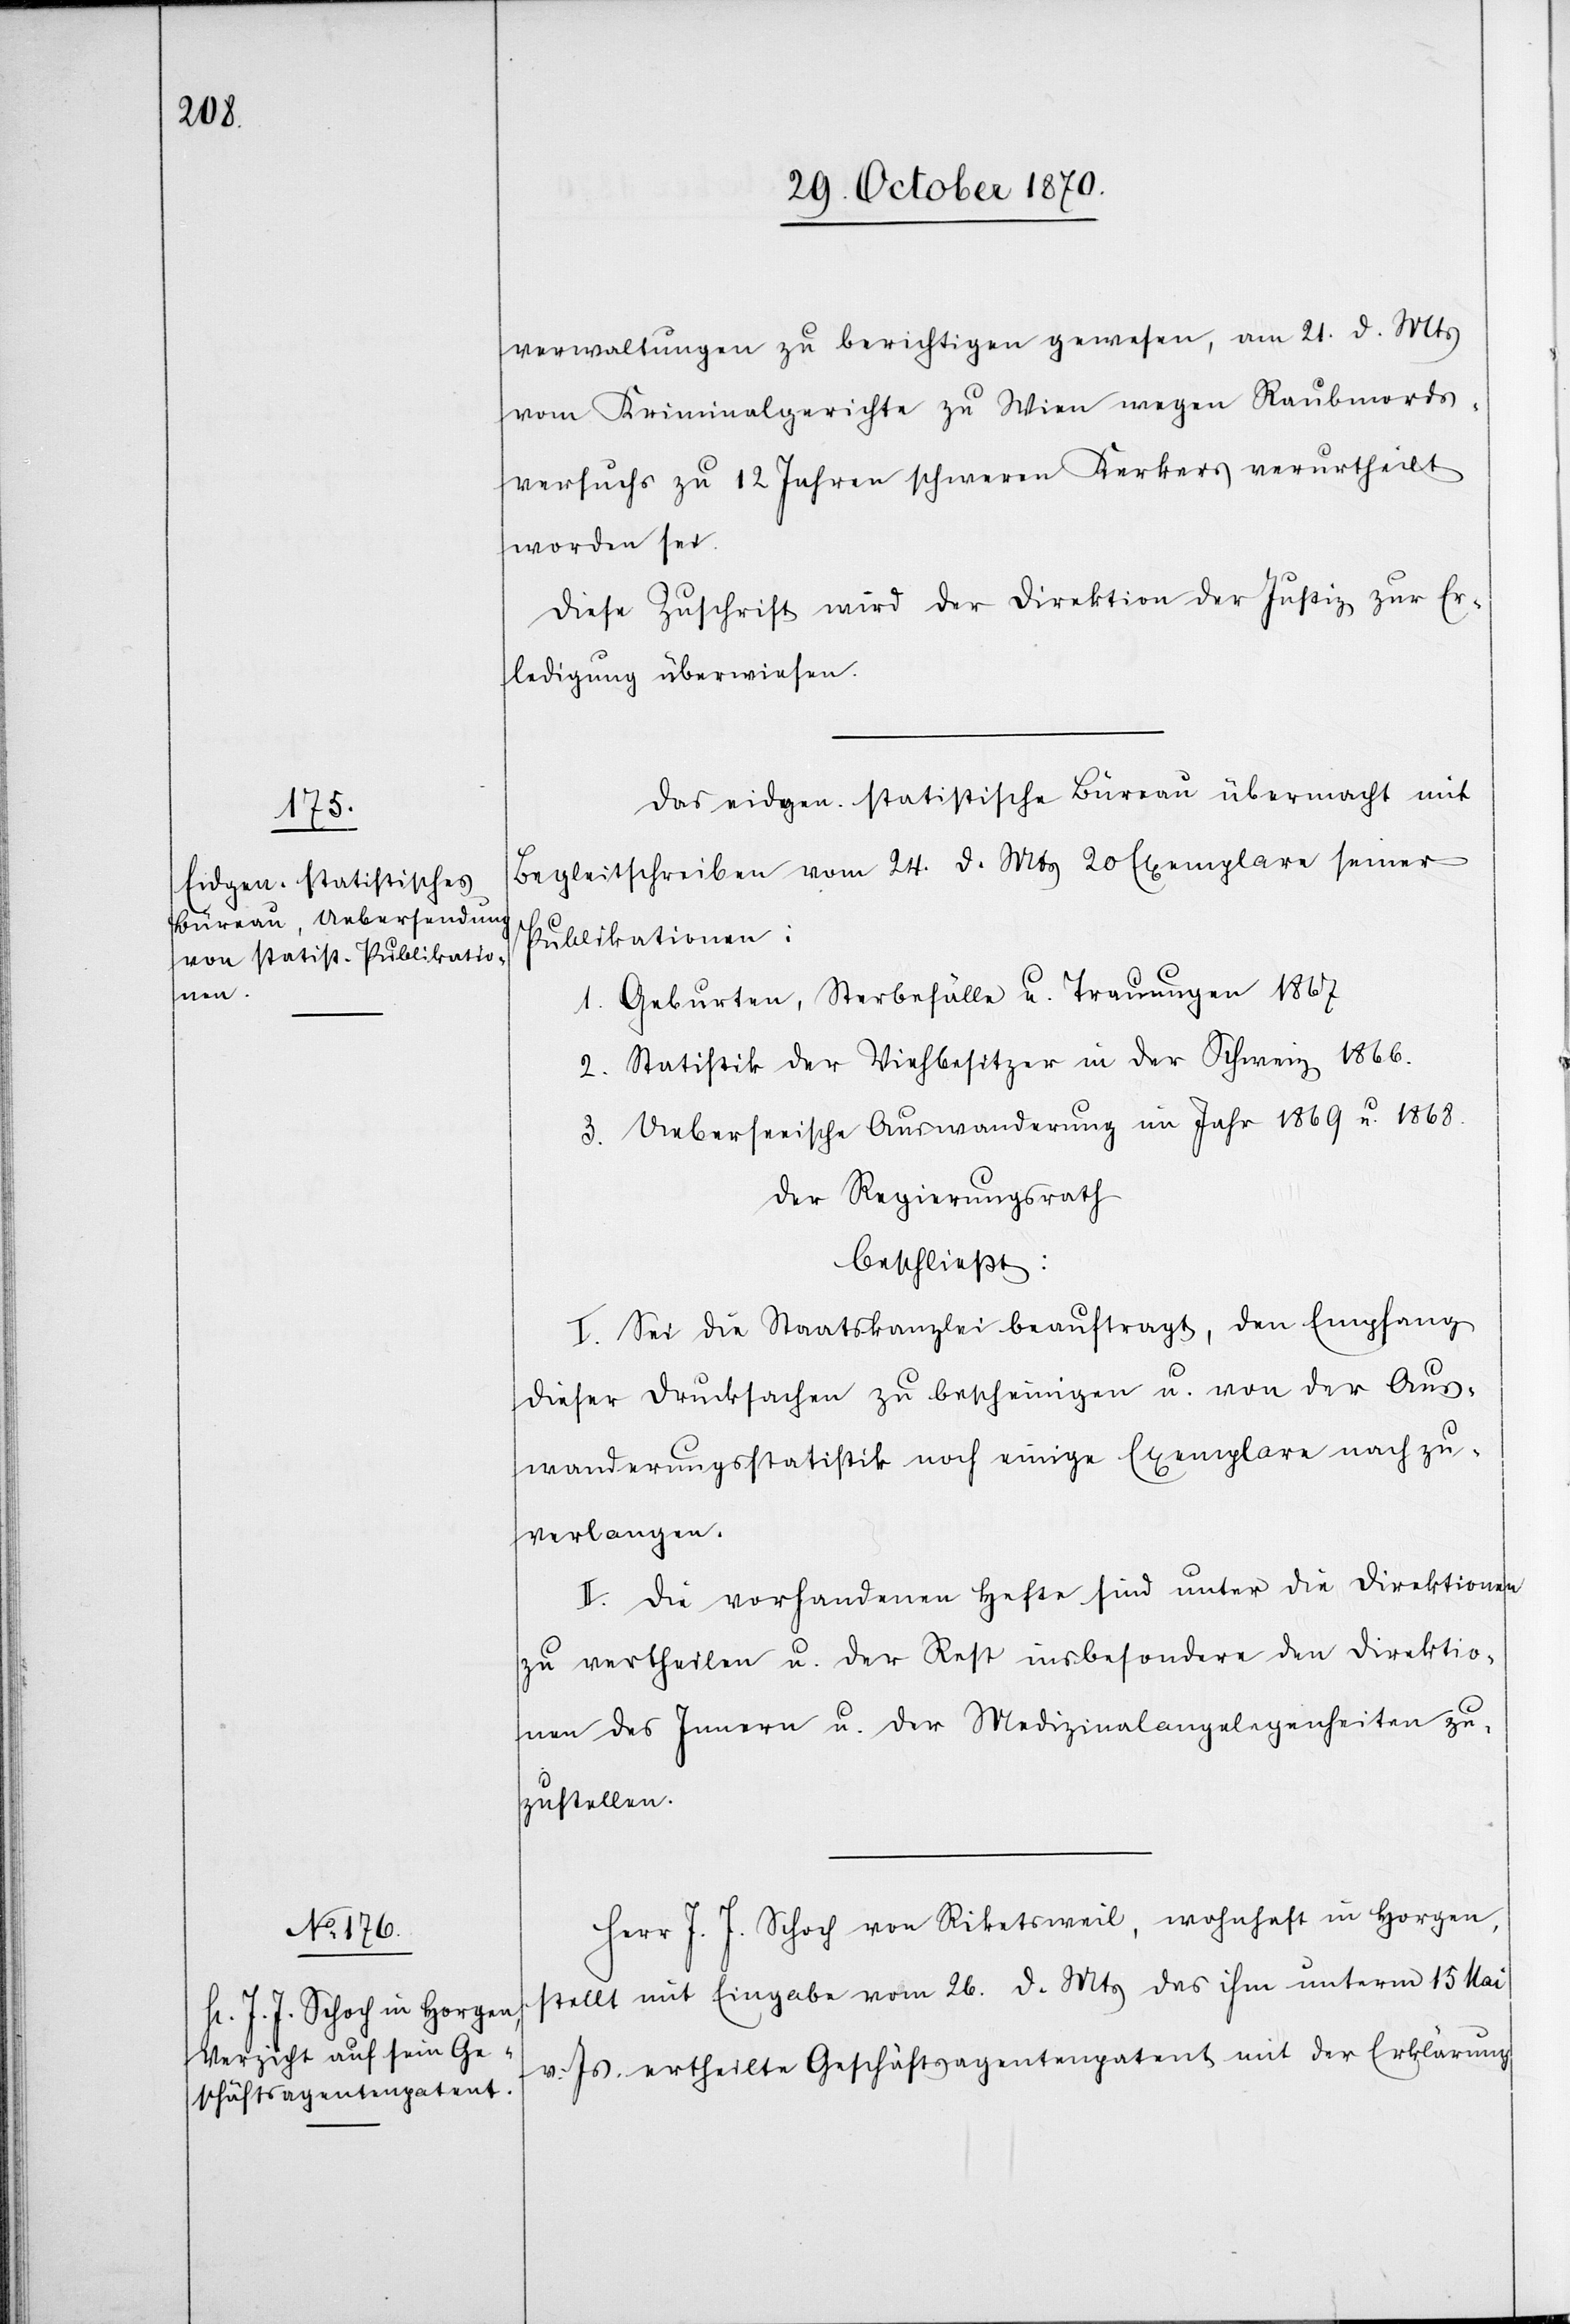
verwaltungen zu berichtigen gewesen, am 21. d. Mts.
vom Kriminalgerichte zu Wien wegen Raubmords¬
versuchs zu 12 Jahren schweren Kerkers verurtheilt
worden sei.
Diese Zuschrift wird der Direktion der Justiz zur Er¬
ledigung überwiesen.
Das eidgen. statistische Büreau übermacht mit
Begleitschreiben vom 24. d. Mts. 20 Exemplare seiner
Publikationen:
1. Geburten, Sterbefälle u. Trauungen 1867.
2. Statistik der Viehbesitzer in der Schweiz 1866.
3. Ueberseeische Auswanderung im Jahr 1869 u. 1868.
Der Regierungsrath
beschließt:
I. Sei die Staatskanzlei beauftragt, den Empfang
dieser Drucksachen zu bescheinigen u. von der Aus¬
wanderungsstatistik noch einige Exemplare nachzu¬
verlangen.
II. Die vorhandenen Hefte sind unter die Direktionen
zu vertheilen u. der Rest insbesondere den Direktio¬
nen des Innern u. der Medizinalangelegenheiten zu¬
zustellen.
Herr J. J. Schoch von Riketsweil, wohnhaft in Horgen,
stellt mit Eingabe vom 26. d. Mts. das ihm unterm 15 Mai
v. Js. ertheilte Geschäftsagentenpatent mit der Erklärung